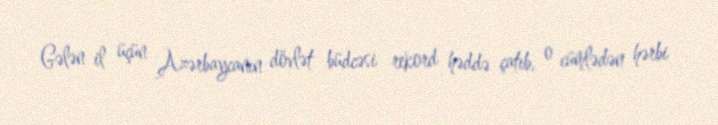
Gələn il üçün Azərbaycanın dövlət büdcəsi rekord həddə çatıb, o cümlədən hərbi